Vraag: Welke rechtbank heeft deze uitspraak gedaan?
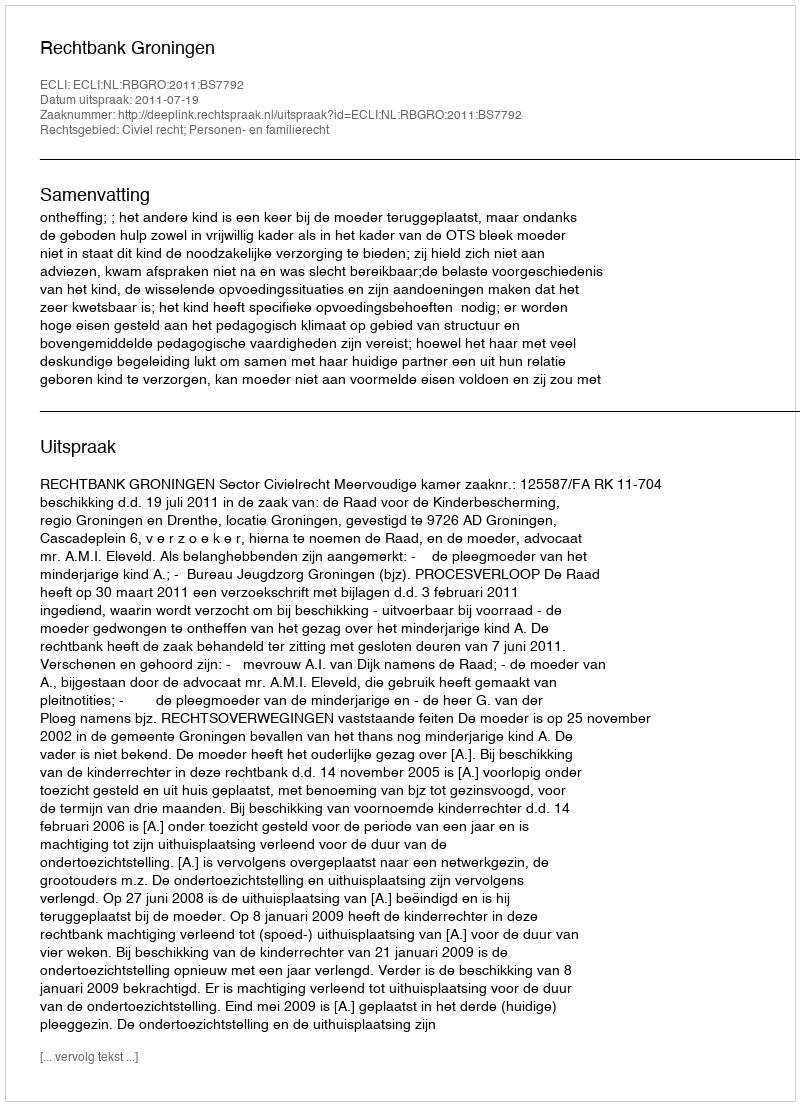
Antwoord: Rechtbank Groningen